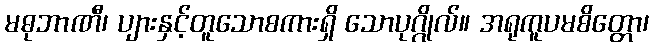
မဓုဘာဏီ၊ ပျားနှင့်တူသောစကားရှိ သောပုဂ္ဂိုလ်။ အရုကူပမစိတ္တော၊